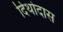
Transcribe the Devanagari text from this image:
दिथोदास